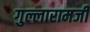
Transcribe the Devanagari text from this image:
गुल्लारामजी